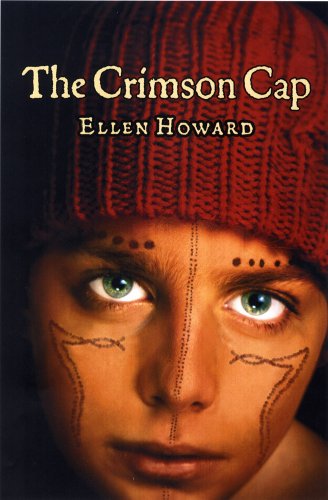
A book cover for The Crimson Cap; Ellen Howard; Children's Books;